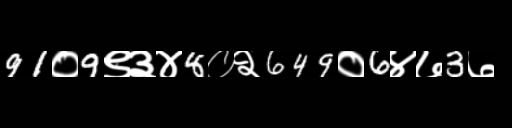
Text: 91०9९३४8०२649०6४७3७